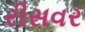
રીસવર